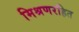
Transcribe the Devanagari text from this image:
मिश्रणरहित